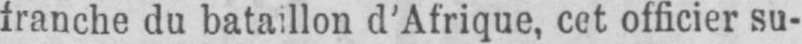
franche du bataillon d’Afrique, cet officier su-